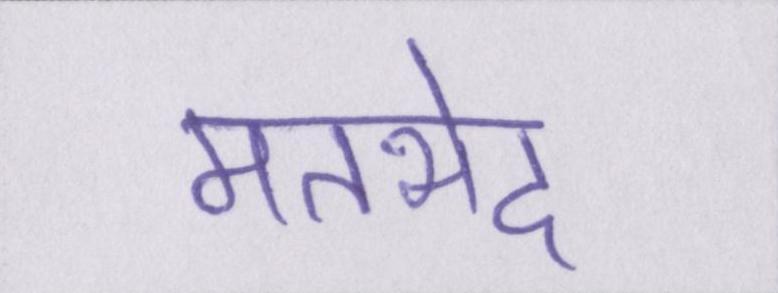
मतभेद